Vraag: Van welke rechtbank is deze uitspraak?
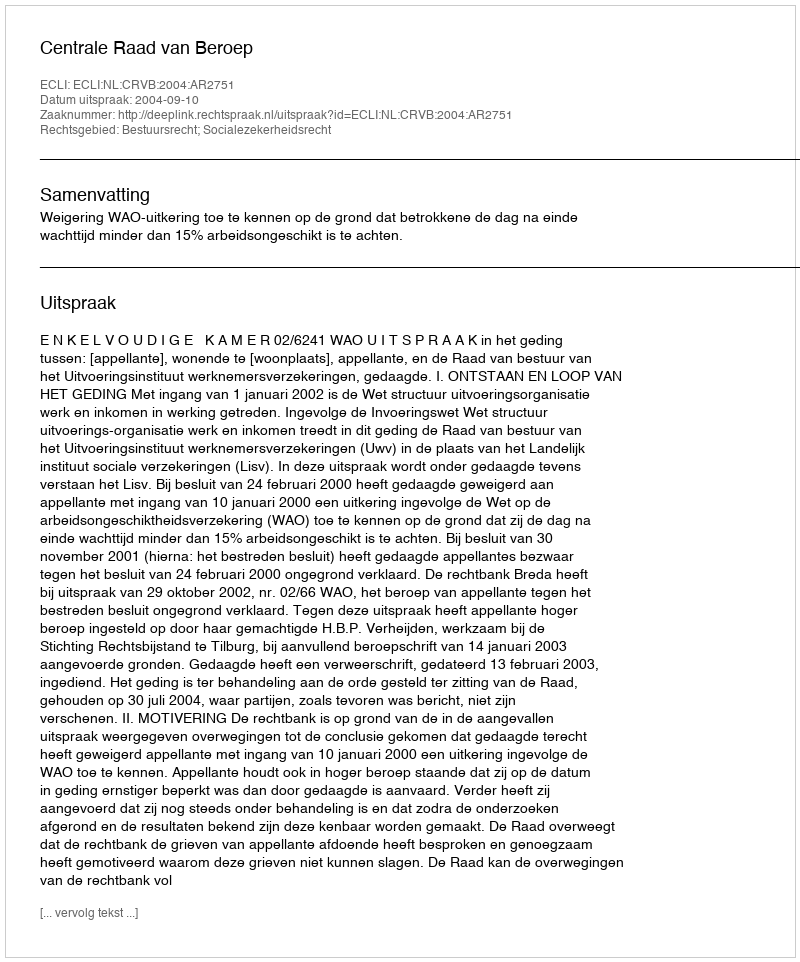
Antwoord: Centrale Raad van Beroep